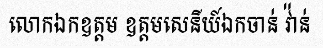
លោកឯកឧត្តម ឧត្តមសេនីយ៍ឯកចាន់ វ៉ាន់